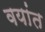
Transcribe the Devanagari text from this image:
वयांत